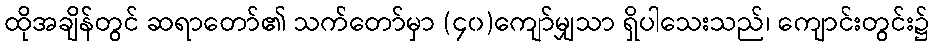
ထိုအချိန်တွင် ဆရာတော်၏ သက်တော်မှာ (၄၀)ကျော်မျှသာ ရှိပါသေးသည်၊ ကျောင်းတွင်း၌